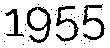
1955